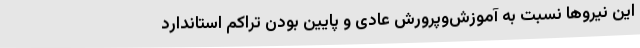
این نیروها نسبت به آموزش‌وپرورش عادی و پایین بودن تراکم استاندارد